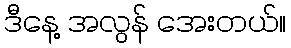
ဒီနေ့ အလွန် အေးတယ်။